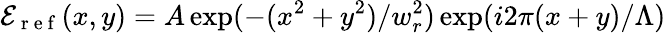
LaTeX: \mathcal{E}_{\mathrm{~r~e~f~}}(x,y)=A\exp(-(x^{2}+y^{2})/w_{r}^{2})\exp(i2\pi(x+y)/\Lambda)